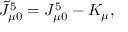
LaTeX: \tilde { J } _ { \mu 0 } ^ { 5 } = J _ { \mu 0 } ^ { 5 } - K _ { \mu } ,